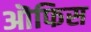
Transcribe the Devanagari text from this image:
ऒफिस